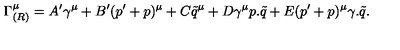
\Gamma _ { ( R ) } ^ { \mu } = A ^ { \prime } \gamma ^ { \mu } + B ^ { \prime } ( p ^ { \prime } + p ) ^ { \mu } + C \tilde { q } ^ { \mu } + D \gamma ^ { \mu } p . \tilde { q } + E ( p ^ { \prime } + p ) ^ { \mu } \gamma . \tilde { q } .